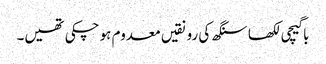
باگیچی لکھا سنگھ کی رونقیں معدوم ہو چکی تھیں۔